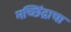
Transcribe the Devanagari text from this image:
मच्छिंद्राचा